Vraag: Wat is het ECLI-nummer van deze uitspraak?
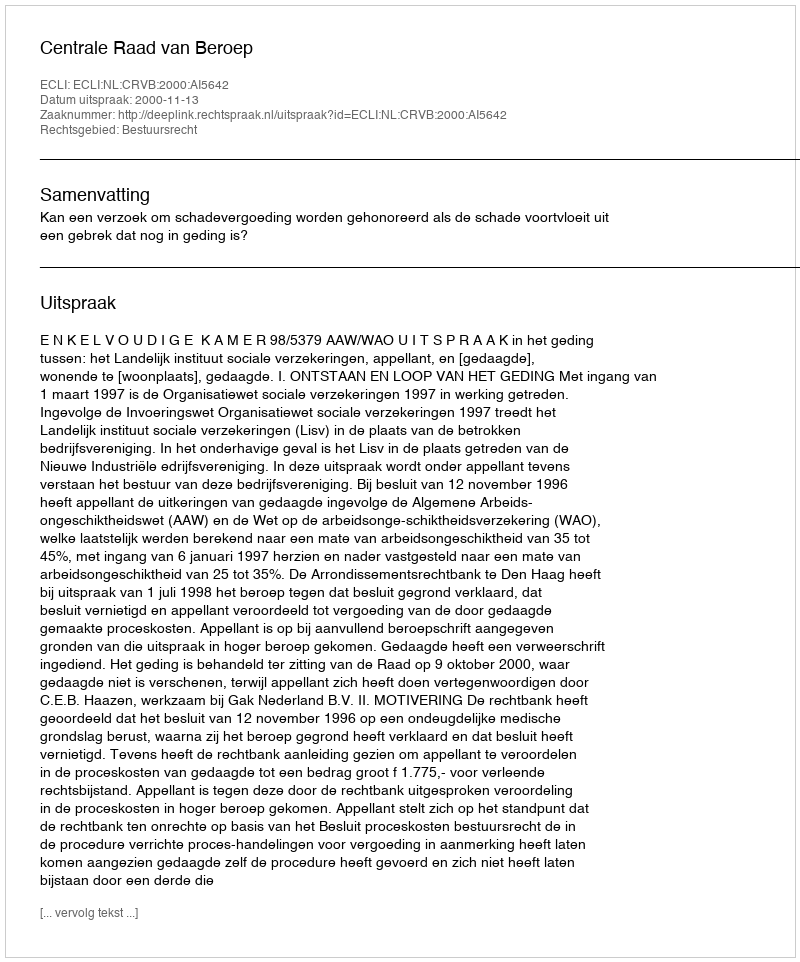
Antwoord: ECLI:NL:CRVB:2000:AI5642